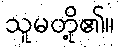
သူမတို့၏။